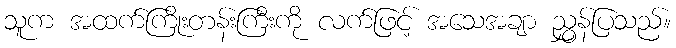
သူက အထက်ကြိုးတန်းကြီးကို လက်ဖြင့် အသေအချာ ညွှန်ပြသည်။